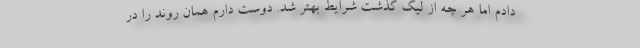
دادم اما هر چه از لیگ گذشت شرایط بهتر شد. دوست دارم همان روند را در